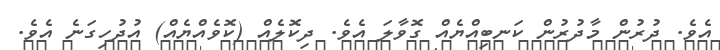
އެވެ. ދުރުން މާދުރުން ކަނބިއްޔެއް ގޮވާލަ އެވެ. ދިކޮލެއް (ކޮވެއްޔެއް) އުދުހިގަނެ އެވެ.